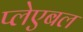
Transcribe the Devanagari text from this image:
प्लेएबल